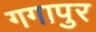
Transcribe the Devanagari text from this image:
गगापुर